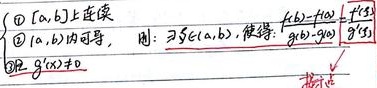
\(\textcircled{1}\) \([a,b]\) 上连续
\(\textcircled{2}\) \((a,b)\) 内可导，则 \(\exists\xi\in(a,b)\)，使得 \(\frac{f(b)-f(a)}{g(b)-g(a)}=\frac{f'(\xi)}{g'(\xi)}\)
\(\textcircled{3}\) \(g'(x)\neq0\)